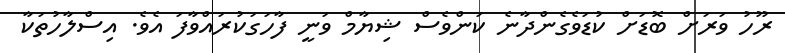
ރޫހު ވަރަށް ބޮޑަށް ކުޑަވެގެންދާނެ ކަންވެސް ޝިޔާމް ވަނީ ފާހަގަކުރައްވާފަ އެވެ. އިސްލާހުތަކާ